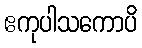
ဧကုပါသကောပိ